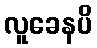
လူခေနပိ